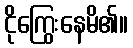
ငိုကြွေးနေမိ၏။